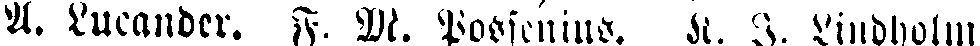
A. Lucander. F, M. Possenius. R. I. Lindholm,